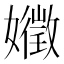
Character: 𭒧